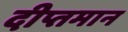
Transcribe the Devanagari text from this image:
दीप्तमान